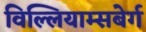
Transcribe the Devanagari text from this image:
विल्लियाम्सबेर्ग